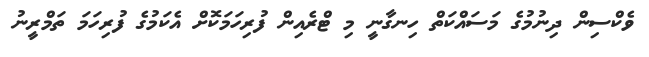
ވެކްސިން ދިނުމުގެ މަސައްކަތް ހިނގާނީ މި ޓްރެއިން ފުރިހަމަކޮށް އެކަމުގެ ފުރިހަމަ ތަމްރީނު